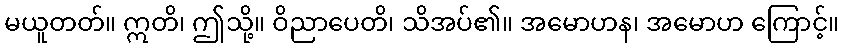
မယူတတ်။ ဣတိ၊ ဤသို့။ ဝိညာပေတိ၊ သိအပ်၏။ အမောဟန၊ အမောဟ ကြောင့်။